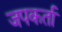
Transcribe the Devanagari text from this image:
जपकर्ता